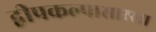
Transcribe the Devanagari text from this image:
द्वीपकल्पासारखा